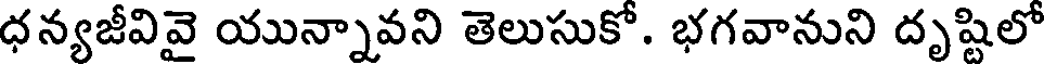
ధన్యజీవివై యున్నావని తెలుసుకో. భగవానుని దృష్టిలో